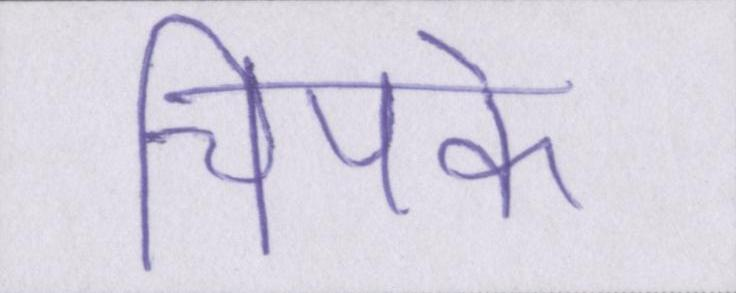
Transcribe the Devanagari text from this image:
चिपके